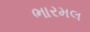
ભારમલ